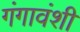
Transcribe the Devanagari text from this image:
गंगावंशी